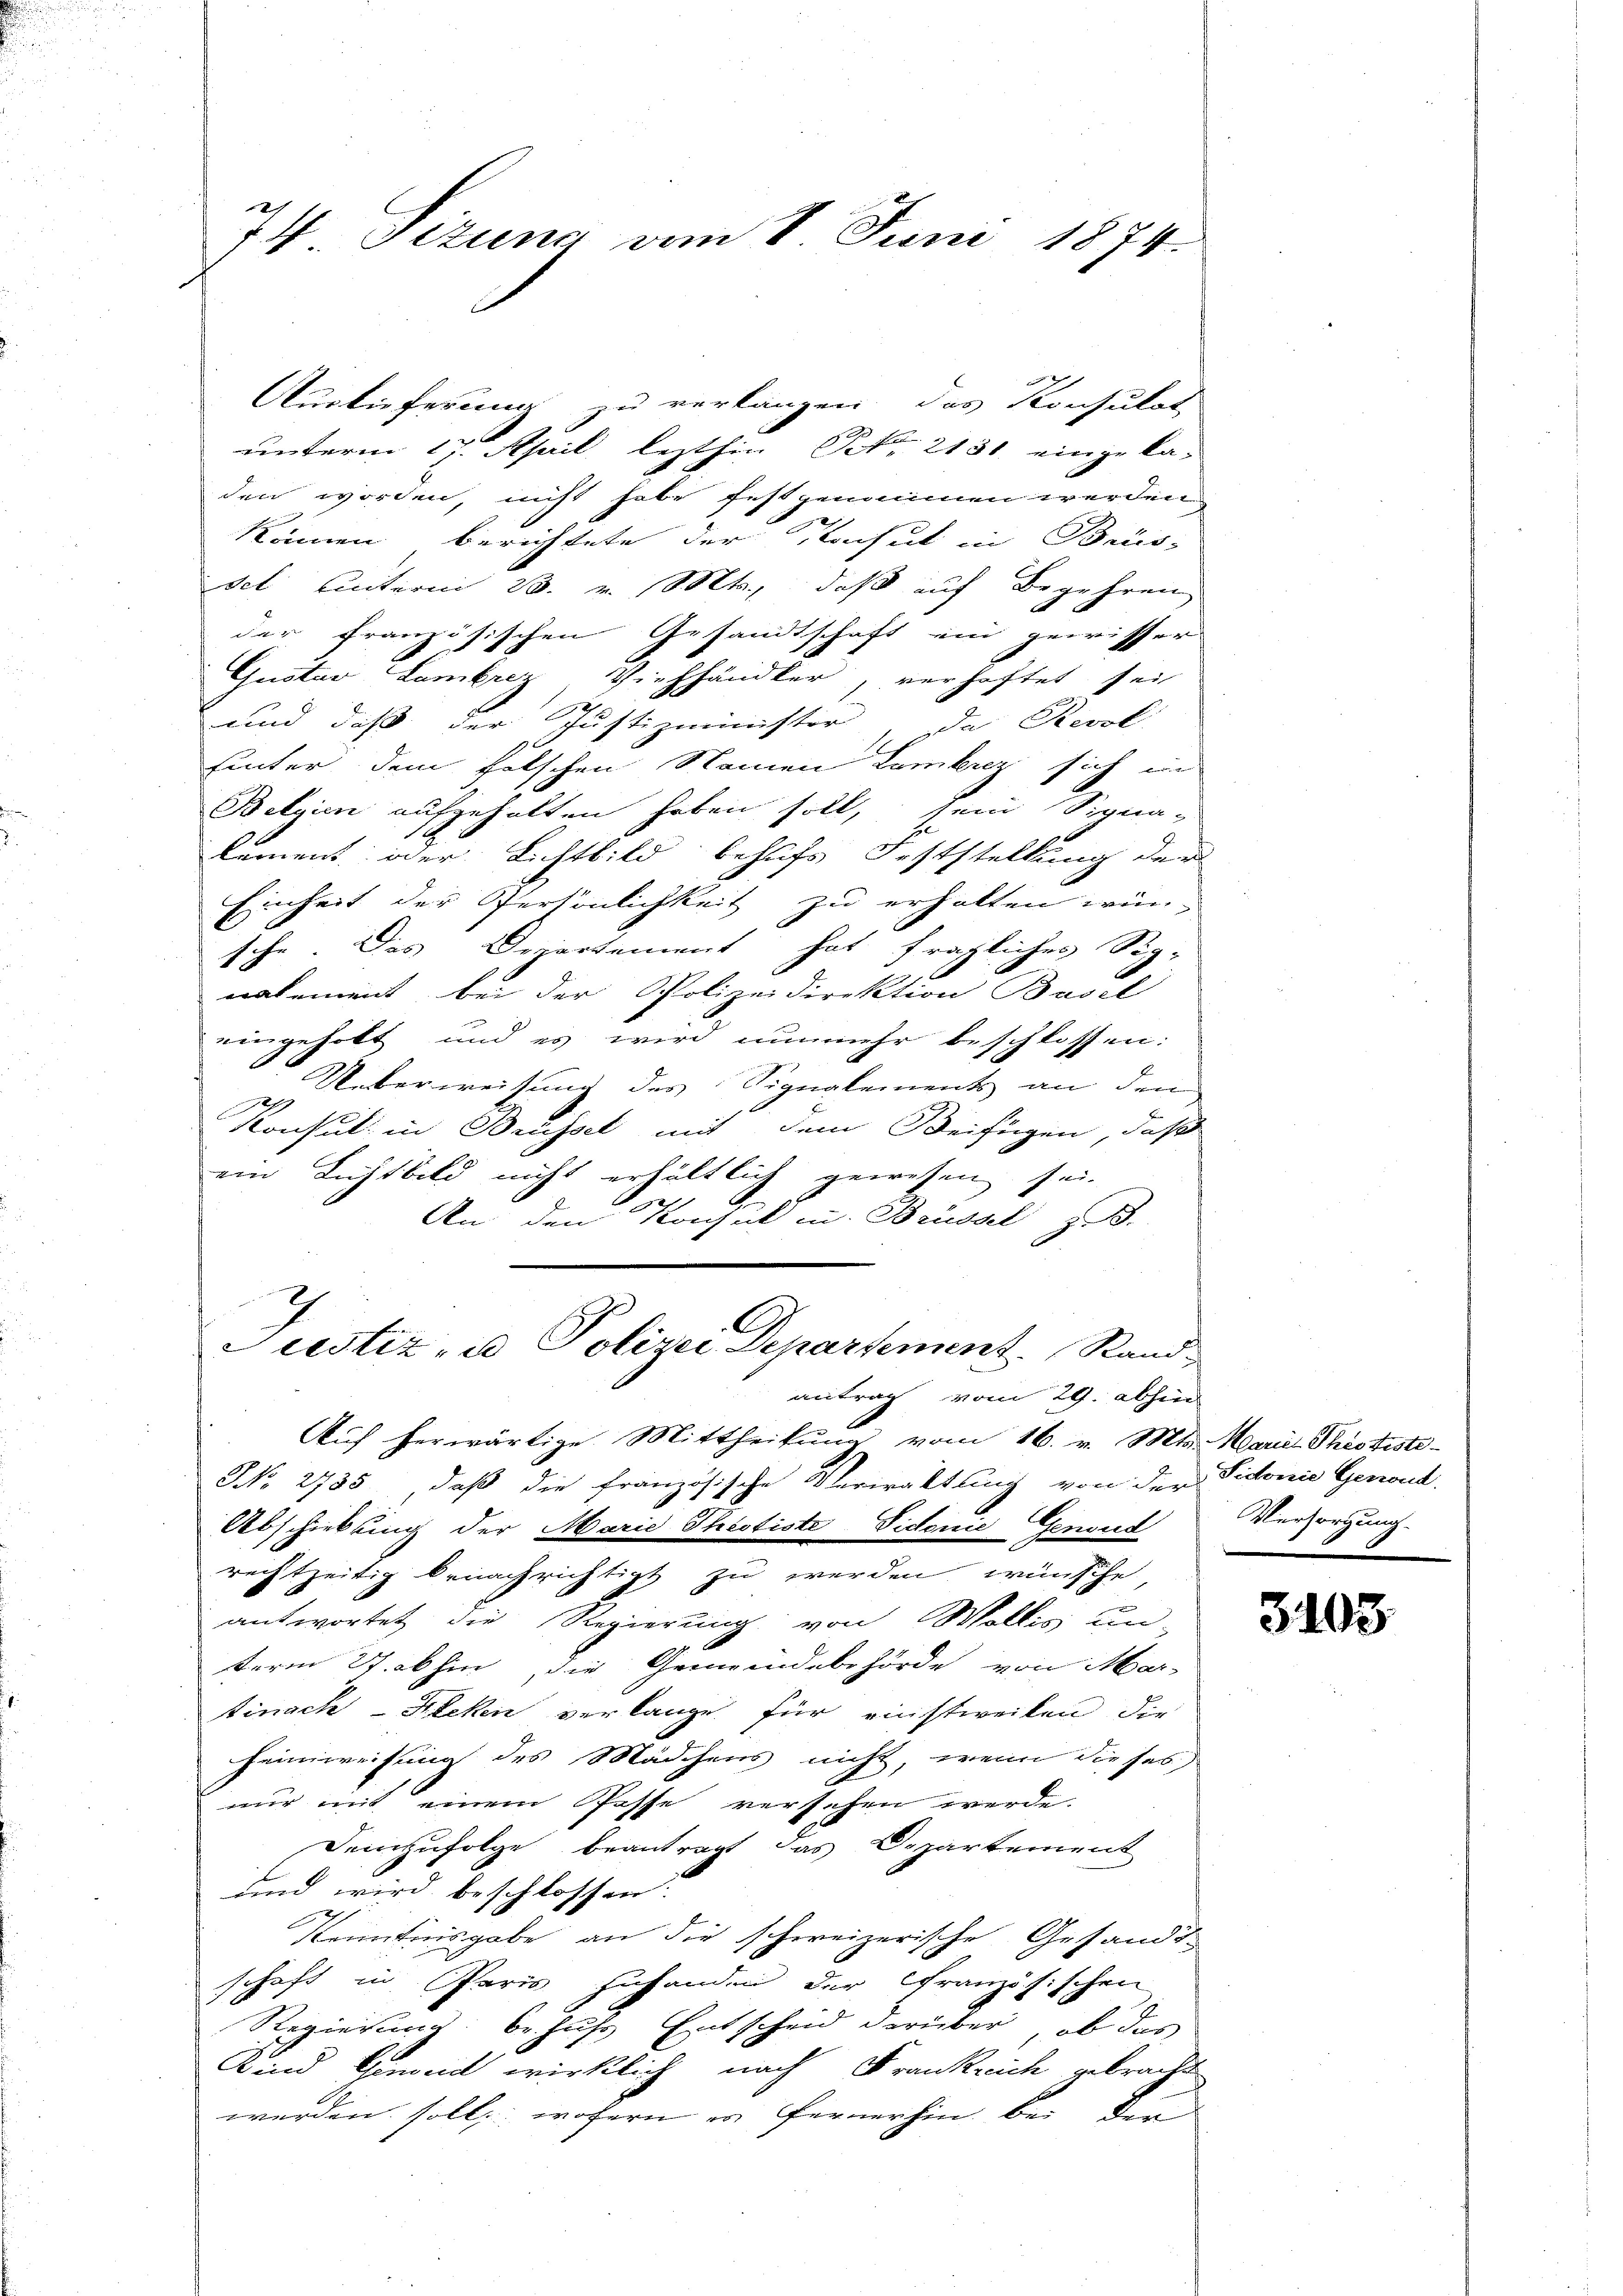
74 Tizung vom 1. Juni 1874.

antrag vom 29. abhin

Auslieferung zu verlangen das Konsulat
unterm 17. April lezthin Nr. 2131 eingeka-
den worden, nicht habe festgenommen werden
können berichtete der Kohut in Bins-
sel hinterm 23. v. Mts., daß auf Begehren
der französischen Gesandtschaft ein gewissers
Gustav Lambrez Viehhändler, verhaftet sei
und daß der Justizminister da Revol
hinter dem falschen Neinen Lambicz sich in
Belgien aufgehalten haben soll, sein Signa-
lement oder Lichtbild behufs Feststellung der
Einheit der Persönlichkeit zu erhalten wünsche. Das Departement hat fragliches Sig-
nalement bei der Polizeidirektion Basel
eingeholt und es wird nunmehr beschlossen:
Ueberweisung des Signalements an den
2
Konsul in Brüssel mit dem Beifügen, daß
ein Lichtbild nicht erhältlich gewesen sei.
An den Konseil u. Brüssel z. B.
7
C
Justiz- u Polizei Departement Rand

Auf herwärtige Mittheilung vom 16. v. Mts. Marial Phististe-
NNo. 2735, daß die französische Verwaltung von der Sidonie Gerich,
Abschiebung der Marie Theotiste Vidonie Genoud
rechtzeitig benachrichtigt zu werden wünsche,
antwortet die Regierung von Wollis un
term 27. abhin, die Gemeindebehörde von Mar-
tinach-Kleken verlange für einstweilen, die
Heimweisung des Mädchens nicht, wenn dieses
nur mit einem Posse versehen werde.
Demzufolge beantragt das Departement
und wird beschlossen:
Kenntnisgabe an die schweizerische Gesandt-
schaft in Paris zuhanden der französischen
Regierung behufs Entscheid darüber, ob das
Kind Gemein wirklich nach Frankreich gebracht
werden soll, wofern es fernerhin bei der

Versorgung.

3103